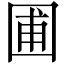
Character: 圃